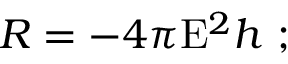
R = - 4 \pi \mathrm { E } ^ { 2 } h \ ;